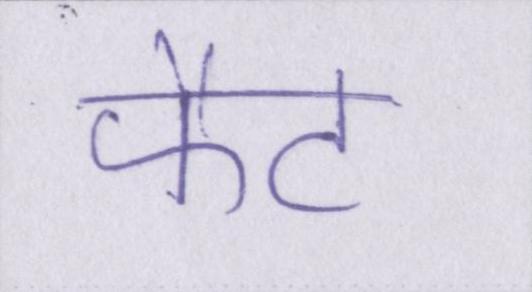
फैट